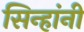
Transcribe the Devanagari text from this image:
सिन्हांनी